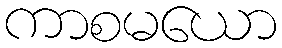
ကာစမယော